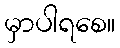
မှာပါရစေ။